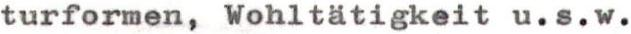
turformen, Wohltätigkeit u.s.w.